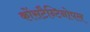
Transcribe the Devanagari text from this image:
कोंसटैन्टिनोपल